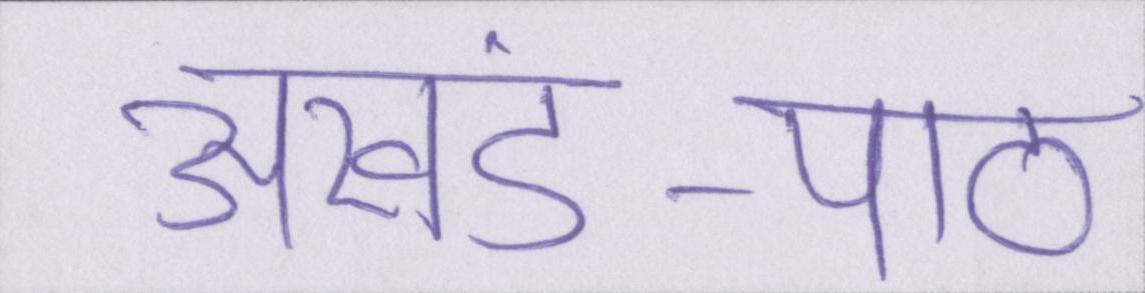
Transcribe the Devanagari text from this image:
अखंड-पाठ